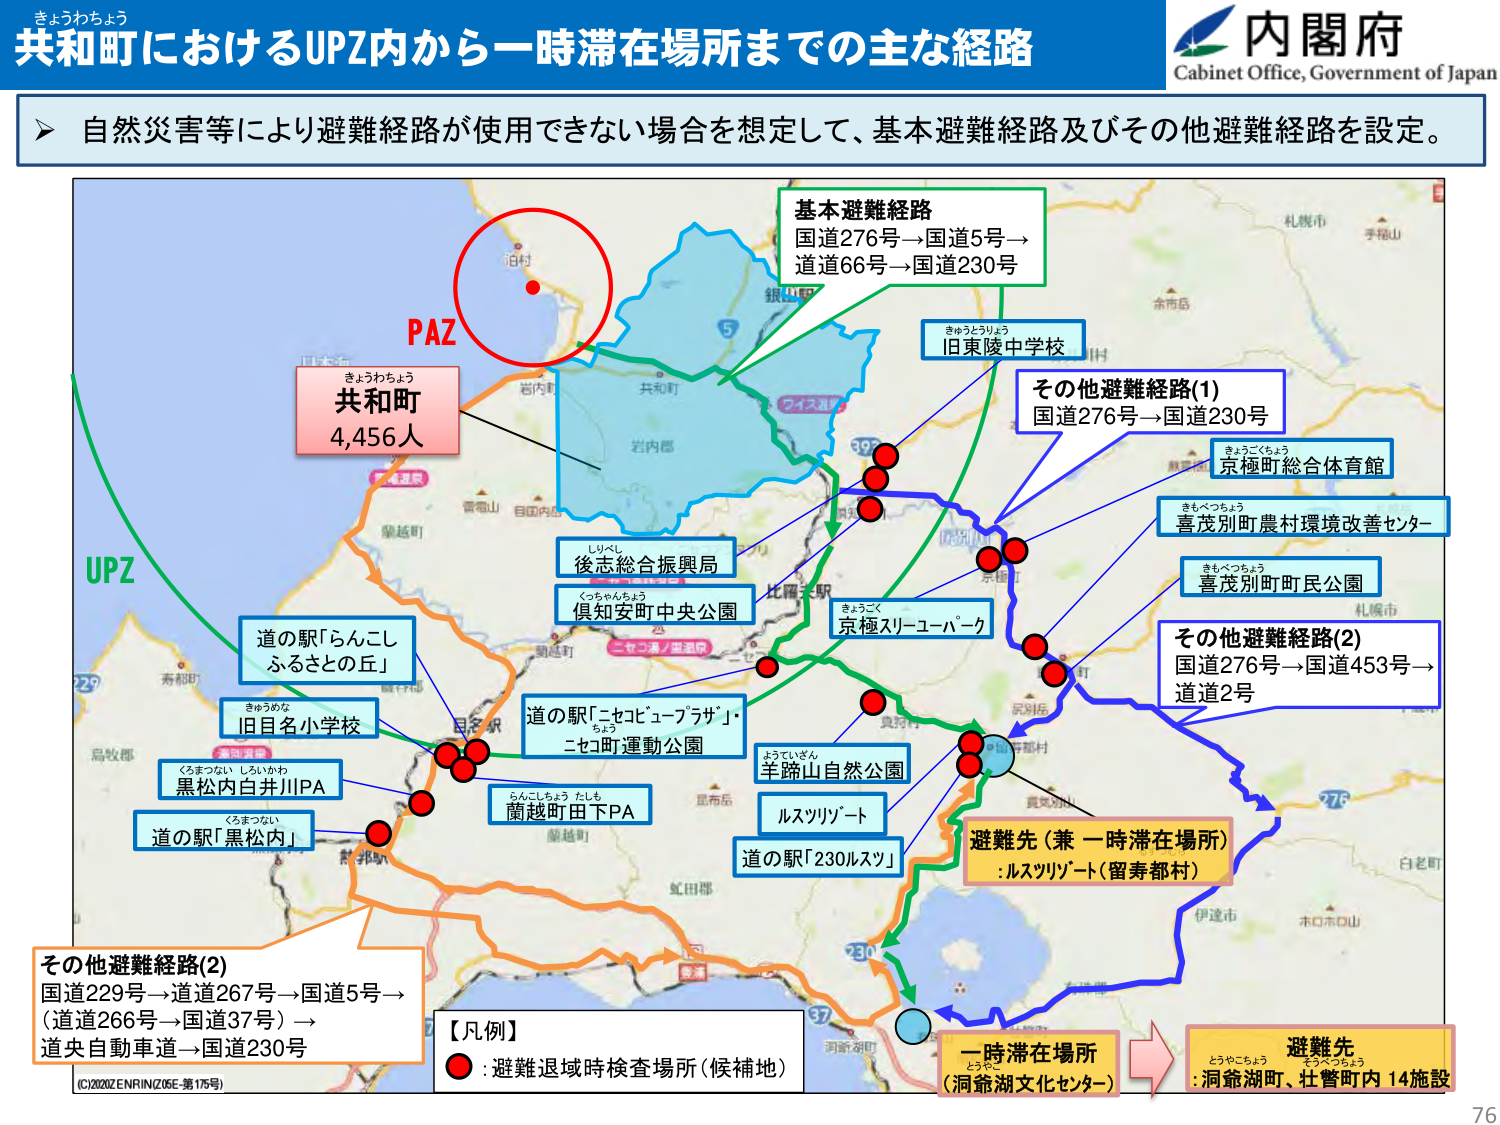
きょうわちょう
共和町におけるUPZ内から一時滞在場所までの主な経路
内閣府
Cabinet Office, Government of Japan

▶ 自然災害等により避難経路が使用できない場合を想定して、基本避難経路及びその他避難経路を設定。

PAZ
きょうわちょう
共和町
4,456人

UPZ

基本避難経路
国道276号→国道5号→
道道66号→国道230号

きゅうとうりょう
旧東陵中学校

その他避難経路(1)
国道276号→国道230号

きょうごくちょう
京極町総合体育館

きもべつちょう
喜茂別町農村環境改善センター

きもべつちょう
喜茂別町町民公園

しりくし
後志総合振興局

くちあんちょう
倶知安町中央公園

きょうごく
京極スリーパーク

道の駅「らんこし
ふるさとの丘」

きゅうめな
旧目名小学校

くろまつない しじいがわ
黒松内白井川PA

くろまつない
道の駅「黒松内」

道の駅「ニセコビュープラザ」・
ニセコ町運動公園

らんこしちょう たしも
蘭越町田下PA

ようていざん
羊蹄山自然公園

ルスツリゾート

道の駅「230ルスツ」

その他避難経路(2)
国道276号→国道453号→
道道2号

避難先（兼 一時滞在場所）
:ルスツリゾート（留寿都村）

その他避難経路(2)
国道229号→道道267号→国道5号→
（道道266号→国道37号）→
道央自動車道→国道230号

【凡例】
● :避難退域時検査場所（候補地）

一時滞在場所
（洞爺湖文化センター）

避難先
（洞爺湖町、壮瞥町内 14施設）

(C)2020ZENRIN(Z05E-第175号)
76